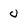
Character: 0